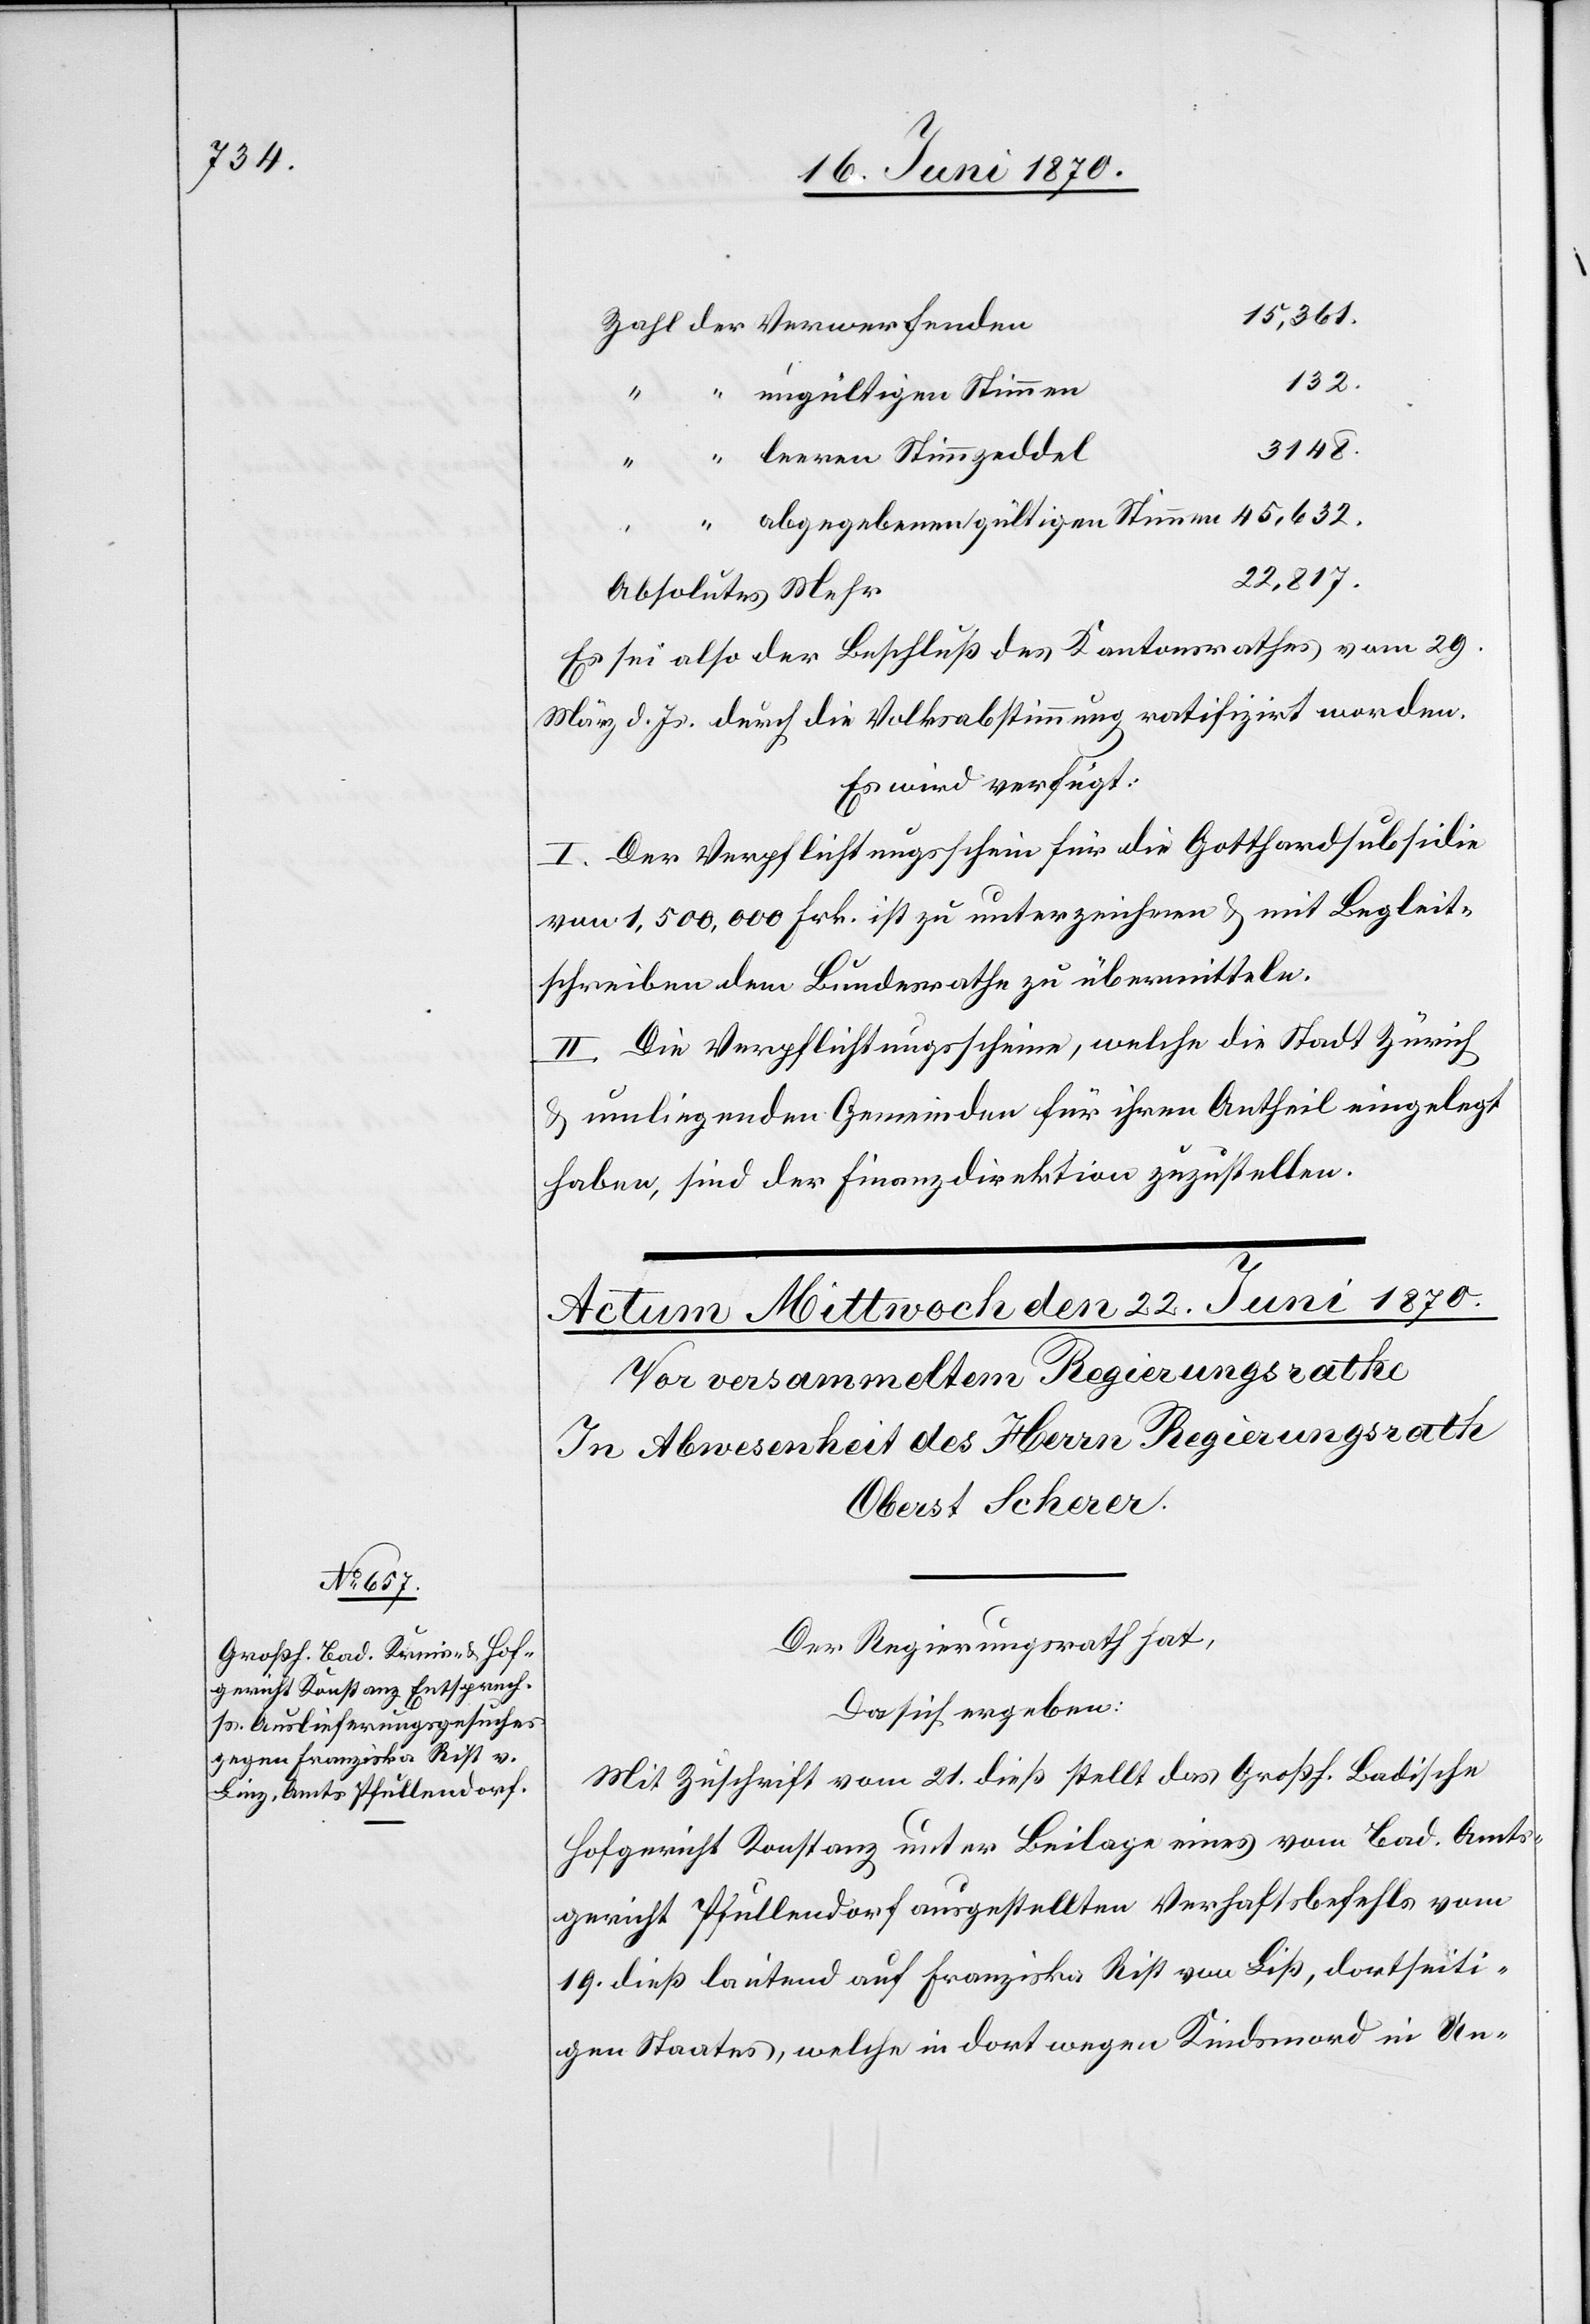
15,361.
132.
gültigen Stimmen
45,632.
leeren Stimmzeddel
22,817.
Absolutes Mehr
Es sei also der Beschluß des Kantonsrathes vom 29.
März d. Js. durch die Volksabstimmung ratifizirt worden.
Es wird verfügt:
I. Der Verpflichtungsschein für die Gotthardsubsidie
von 1,500,000 Frk. ist zu unterzeichnen & mit Begleit¬
schreiben dem Bundesrathe zu übermitteln.
II. Die Verpflichtungsscheine, welche die Stadt Zürich
& umliegenden Gemeinden für ihren Antheil eingelegt
haben, sind der Finanzdirektion zuzustellen.
Der Regierungsrath hat,
Da sich ergeben:
Mit Zuschrift vom 21. dieß stellt das Großh. Badische
Hofgericht Konstanz unter Beilage eines vom Bad. Amts¬
gericht Pfullendorf ausgestellten Verhaftsbefehls vom
19. dieß lautend auf Franziska Rist von Liß [sic!], dortseiti¬
gen Staates, welche in dort wegen Kindsmord in Un-